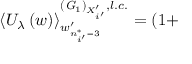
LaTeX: \left\langle U _ { \lambda } \left( w \right) \right\rangle _ { w _ { n _ { i ^ { \prime } } ^ { * } = 3 } ^ { \prime } } ^ { \left( { \it G } _ { 1 } \right) _ { X _ { i ^ { \prime } } ^ { \prime } } , l . c . } = \left( 1 + \right.